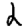
Digit: 2